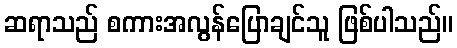
ဆရာသည် စကားအလွန်ပြောချင်သူ ဖြစ်ပါသည်။